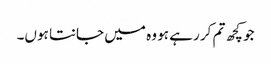
جو کچھ تم کر رہے ہو وہ میں جانتا ہوں۔